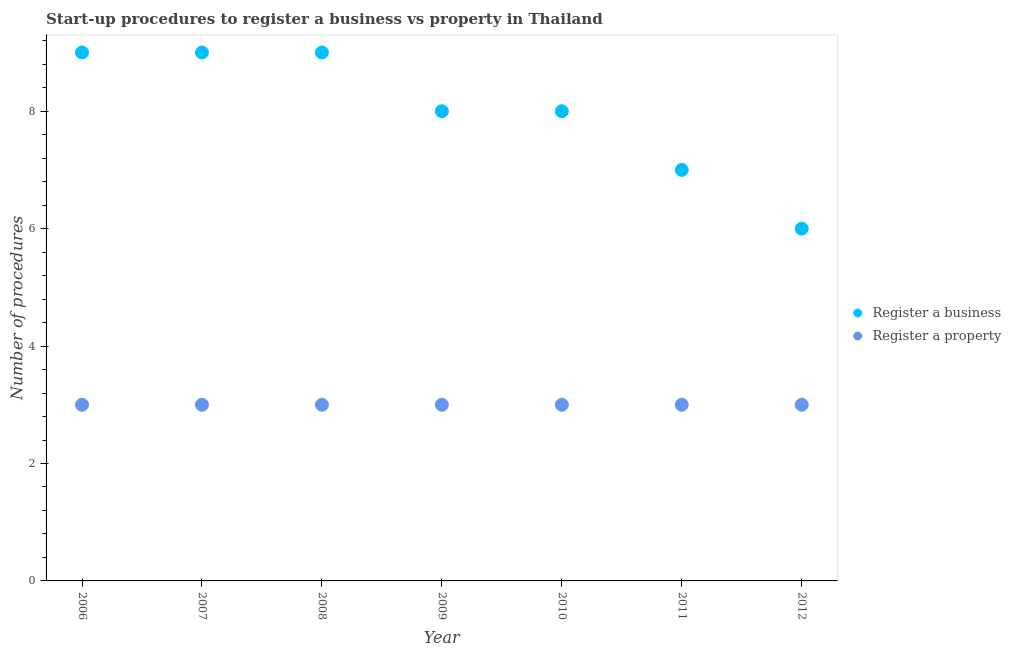
| Year | Register a business | Register a property |
 | --- | --- | --- |
 | 2006 | 9 | 3 |
 | 2007 | 9 | 3 |
 | 2008 | 9 | 3 |
 | 2009 | 8 | 3 |
 | 2010 | 8 | 3 |
 | 2011 | 7 | 3 |
 | 2012 | 6 | 3 |